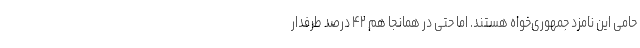
حامی این نامزد جمهوری‌خواه هستند. اما حتی در همانجا هم ۴۲ درصد طرفدار